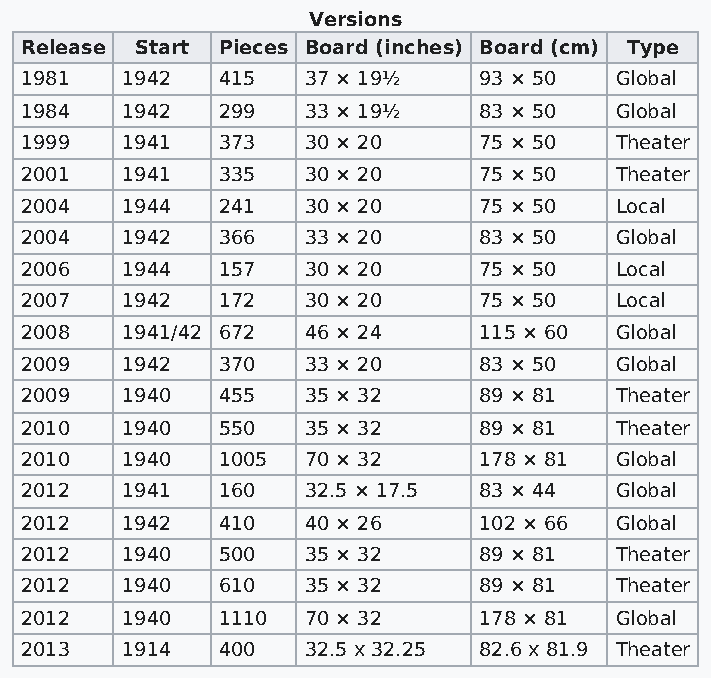
Versions
 Release Start Pieces Board (inches) Board (cm) Type
 1981   1942  415   37 × 19½    93 × 50  Global
 1984   1942  299   33 × 19½    83 × 50  Global
 1999   1941  373   30 × 20     75 × 50  Theater
 2001   1941  335   30 × 20     75 × 50  Theater
 2004   1944  241   30 × 20     75 × 50  Local
 2004   1942  366   33 × 20     83 × 50  Global
 2006   1944  157   30 × 20     75 × 50  Local
 2007   1942  172   30 × 20     75 × 50  Local
 2008   1941/42 672 46 × 24     115 × 60 Global
 2009   1942  370   33 × 20     83 × 50  Global
 2009   1940  455   35 × 32     89 × 81  Theater
 2010   1940  550   35 × 32     89 × 81  Theater
 2010   1940  1005  70 × 32     178 × 81 Global
 2012   1941  160   32.5 × 17.5 83 × 44  Global
 2012   1942  410   40 × 26     102 × 66 Global
 2012   1940  500   35 × 32     89 × 81  Theater
 2012   1940  610   35 × 32     89 × 81  Theater
 2012   1940  1110  70 × 32     178 × 81 Global
 2013   1914  400   32.5 x 32.25 82.6 x 81.9 Theater